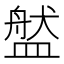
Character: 𥂐